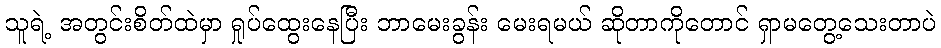
သူရဲ့ အတွင်းစိတ်ထဲမှာ ရှုပ်ထွေးနေပြီး ဘာမေးခွန်း မေးရမယ် ဆိုတာကိုတောင် ရှာမတွေ့သေးတာပဲ